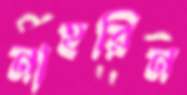
নাহরিন